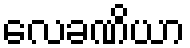
လေခဏိယာ